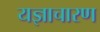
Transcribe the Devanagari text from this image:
यज्ञाचारण